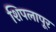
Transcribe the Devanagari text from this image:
शिपलापूर